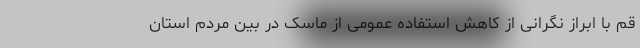
قم با ابراز نگرانی از کاهش استفاده عمومی از ماسک در بین مردم استان